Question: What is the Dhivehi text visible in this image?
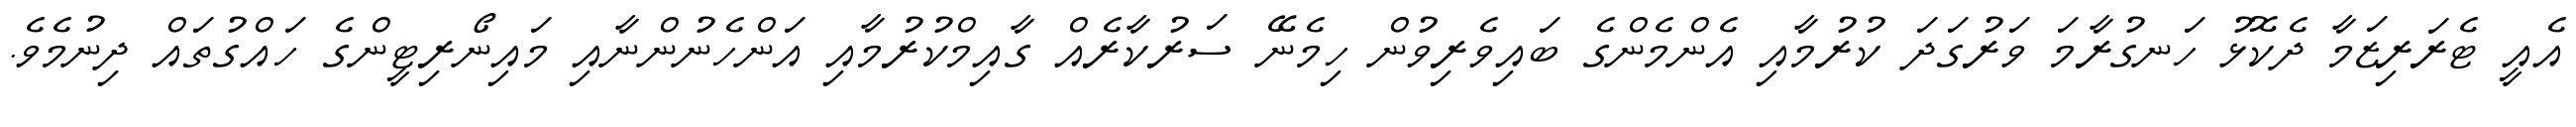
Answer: އެއީ ޓެރަރިޒަމާ ދެކޮޅު ހަނގުރާމަ ވަރުގަދަ ކުރުމާއި އެންމެންގެ ބައިވެރިވުން ހިމެނޭ ސަރުކާރެއް ގާއިމްކުރުމާއި އަންހެނުންނާއި މައިނޯރިޓީންގެ ހައްގުތައް ދިނުމެވެ.